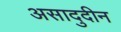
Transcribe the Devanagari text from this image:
असादुदीन